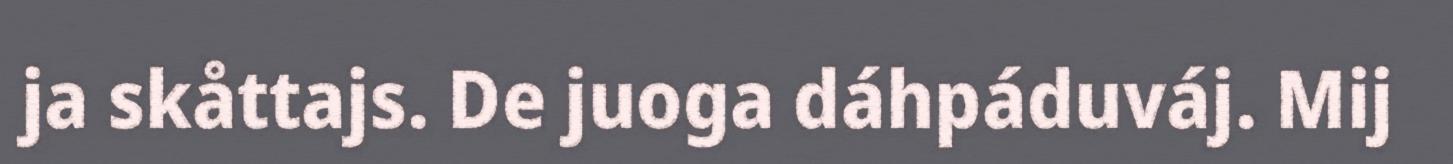
ja skåttajs. De juoga dáhpáduváj. Mij